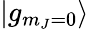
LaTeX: |g_{m_{J}=0}\rangle